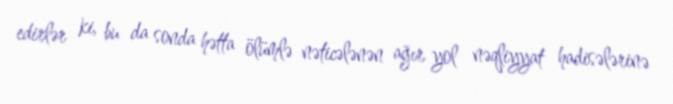
edirlər ki, bu da sonda hətta ölümlə nəticələnən ağır yol nəqliyyat hadisələrinə